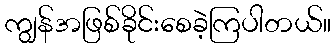
ကျွန်အဖြစ်ခိုင်းစေခဲ့ကြပါတယ်။